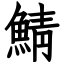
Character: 鯖